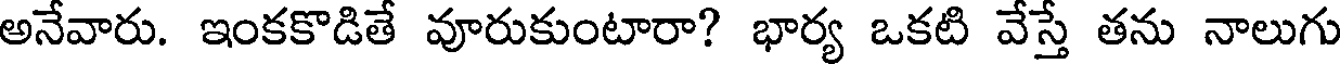
అనేవారు. ఇంకకొడితే వూరుకుంటారా? భార్య ఒకటి వేస్తే తను నాలుగు